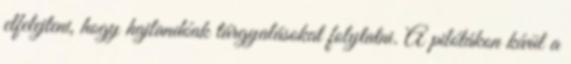
elfelejteni, hogy hajlandóak tárgyalásokat folytatni. A pilótákon kívül a